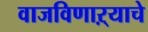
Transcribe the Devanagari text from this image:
वाजविणाऱ्याचे